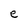
Character: e